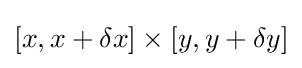
[x,x+\delta x]\times [y,y+\delta y]